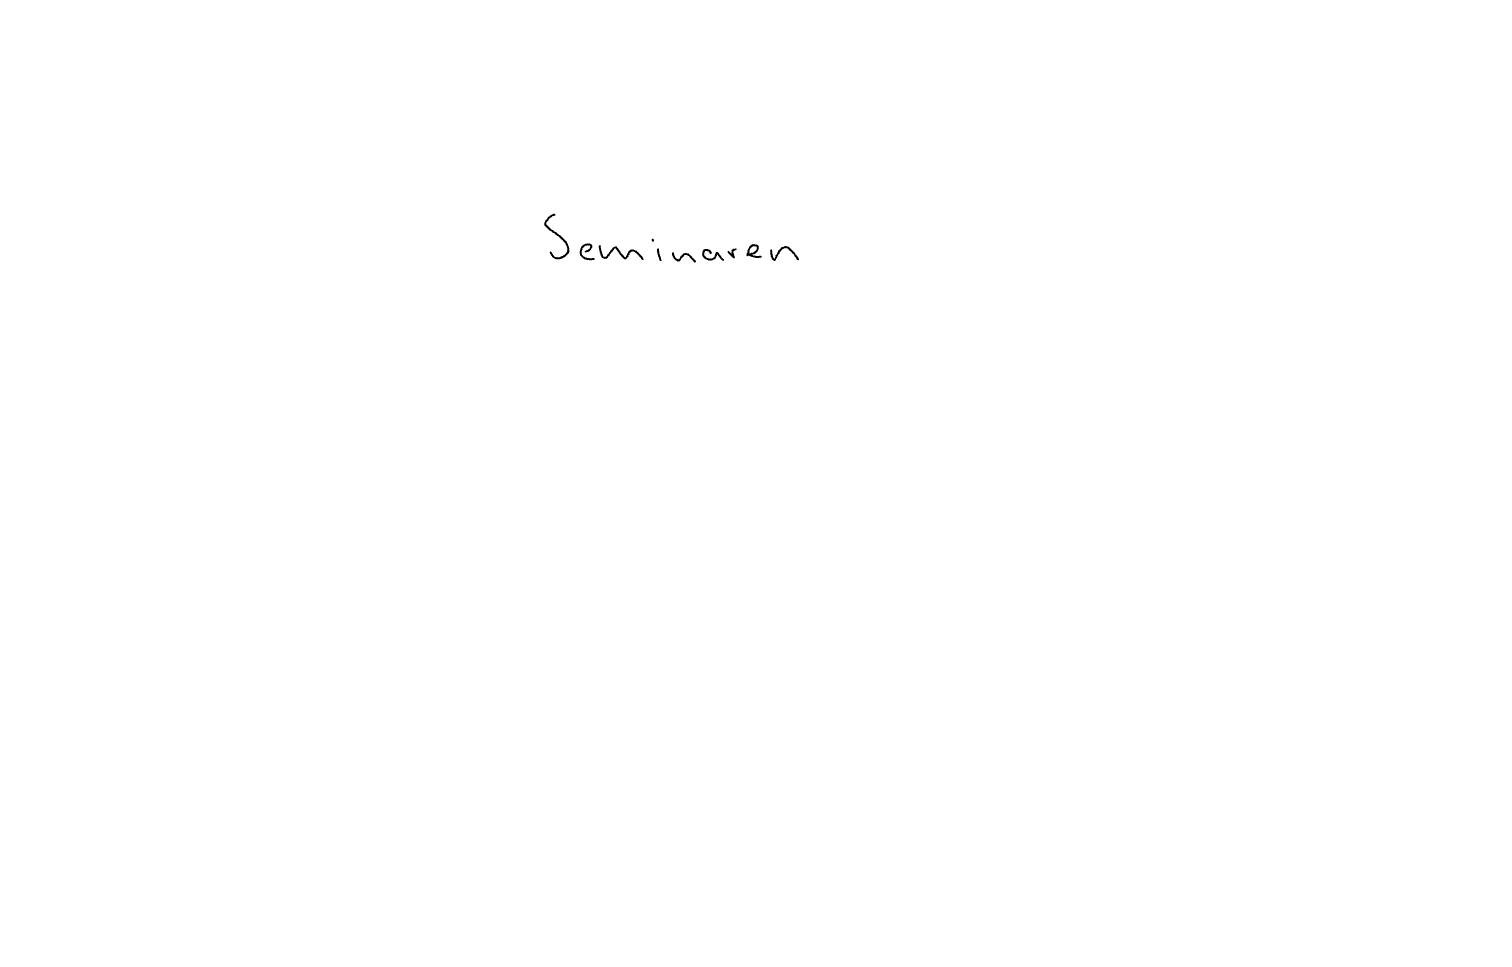
Text: Seminaren